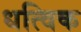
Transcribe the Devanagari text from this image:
धत्विक